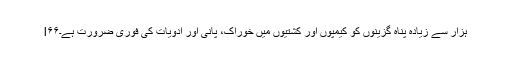
l۶۶ہزار سے زیادہ پناہ گزینوں کو کیمپوں اور کشتیوں میں خوراک، پانی اور ادویات کی فوری ضرورت ہے۔